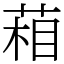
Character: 葙